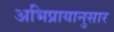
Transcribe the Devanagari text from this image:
अभिप्रायानुसार